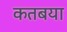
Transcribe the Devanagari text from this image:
कतबया